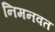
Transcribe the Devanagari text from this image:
निमनवत